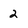
Character: 2